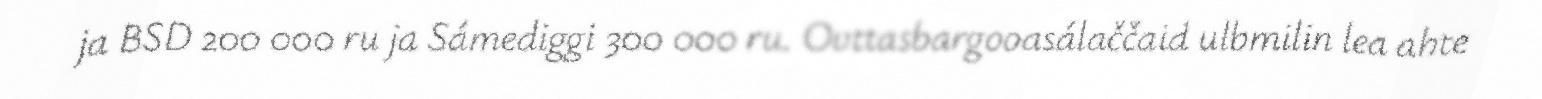
ja BSD 200 000 ru ja Sámediggi 300 000 ru. Ovttasbargooasálaččaid ulbmilin lea ahte